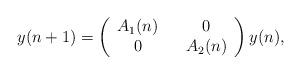
LaTeX: \begin{align*}y(n+1) = \left (\begin{array}{ccc}A_1(n) & & 0\\0 & & A_2(n)\end{array}\right ) y(n),\end{align*}